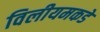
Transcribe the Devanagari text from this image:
विलीयमकडे